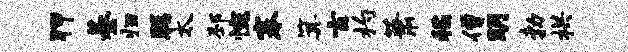
狎綦归聪太邳惋搴箕玄杓萧稻僧明勃拱